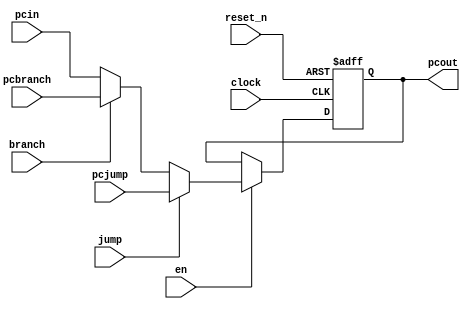
module pc(
	input			clock,
	input			reset_n,
	input			en,
	input			branch,
	input			jump,

	input	[15:0]		pcin,
	input	[15:0]		pcbranch,
	input	[15:0]		pcjump,
	
	output	reg [15:0]	pcout
);

wire [15:0]	pc1;
wire [15:0]	pc2;

assign	pc1 = branch ? pcbranch : pcin;
assign	pc2 = jump ? pcjump : pc1;

always@(posedge clock or negedge reset_n)
begin
	if(~reset_n)
	begin
		pcout <= 16'd0;
	end
	else
	begin
		if(en)
			pcout <= pc2;
		else
			pcout <= pcout;
	end
end
endmodule